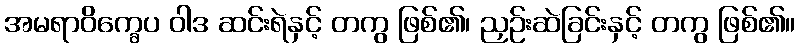
အမရာဝိက္ခေပ ဝါဒ ဆင်းရဲနှင့် တကွ ဖြစ်၏၊ ညှဉ်းဆဲခြင်းနှင့် တကွ ဖြစ်၏။